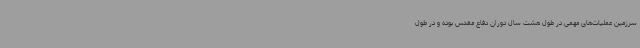
سرزمین عملیات‌های مهمی در طول هشت سال دوران دفاع مقدس بوده و در طول